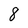
Character: 8